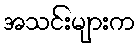
အသင်းများက